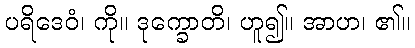
ပရိဒေဝံ၊ ကို။ ဒုက္ခောတိ၊ ဟူ၍။ အာဟ၊ ၏။